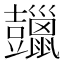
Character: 𧰠